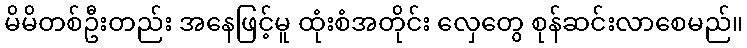
မိမိတစ်ဦးတည်း အနေဖြင့်မူ ထုံးစံအတိုင်း လှေတွေ စုန်ဆင်းလာစေမည်။